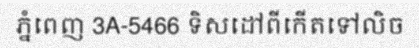
ភ្នំពេញ 3A-5466 ទិសដៅពីកើតទៅលិច